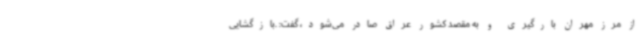
از مرز مهران بارگیری و به مقصد کشور عراق صادر می‌شود، گفت: .بازگشایی